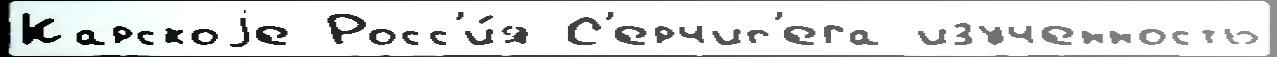
Карскоjе Росс'и́я С'ерчип'ега изученность